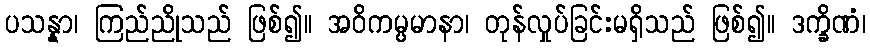
ပသန္နာ၊ ကြည်ညိုသည် ဖြစ်၍။ အဝိကမ္ပမာနာ၊ တုန်လှုပ်ခြင်းမရှိသည် ဖြစ်၍။ ဒက္ခိဏံ၊